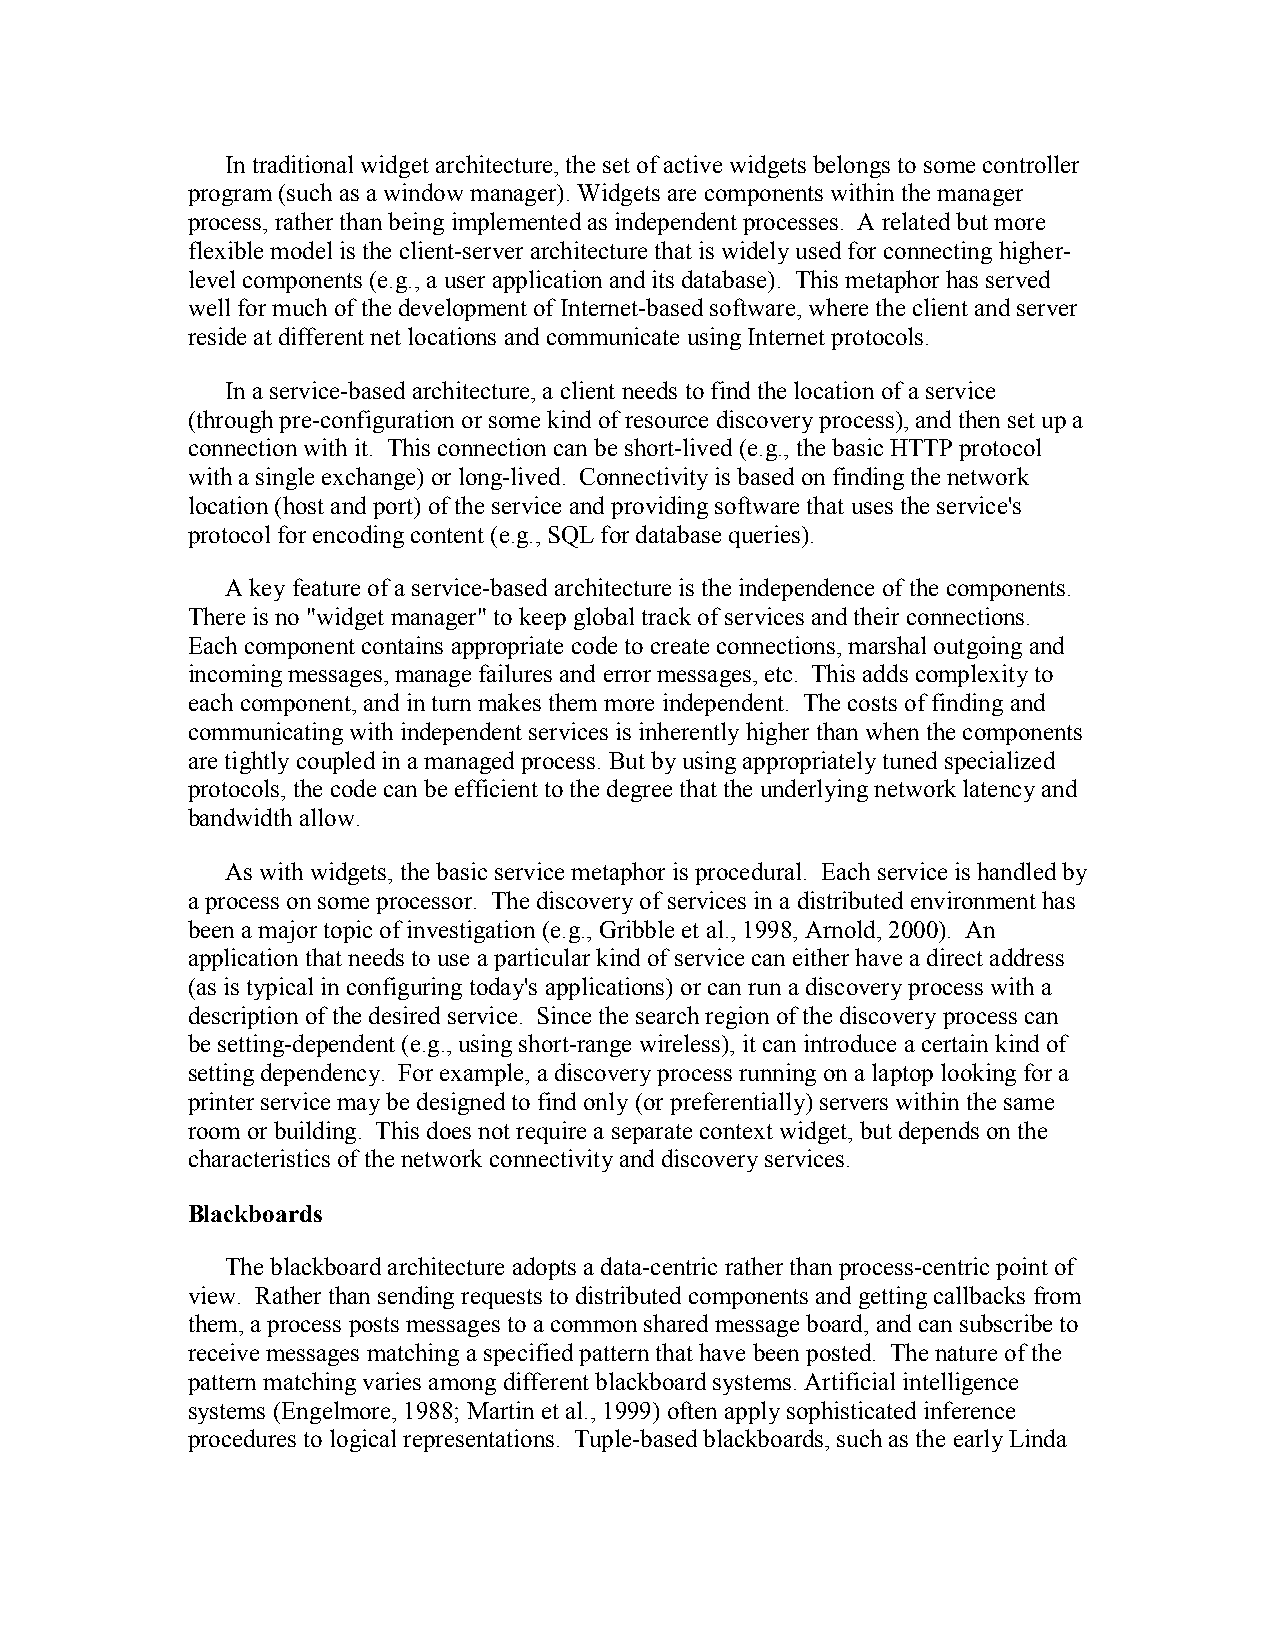
In traditional widget architecture, the set of active widgets belongs to some controller
 program (such as a window manager). Widgets are components within the manager
 process, rather than being implemented as independent processes. A related but more
 flexible model is the client-server architecture that is widely used for connecting higher-
 level components (e.g., a user application and its database). This metaphor has served
 well for much of the development of Internet-based software, where the client and server
 reside at different net locations and communicate using Internet protocols.
 In a service-based architecture, a client needs to find the location of a service
 (through pre-configuration or some kind of resource discovery process), and then set up a
 connection with it. This connection can be short-lived (e.g., the basic HTTP protocol
 with a single exchange) or long-lived. Connectivity is based on finding the network
 location (host and port) of the service and providing software that uses the service's
 protocol for encoding content (e.g., SQL for database queries).
 A key feature of a service-based architecture is the independence of the components.
 There is no "widget manager" to keep global track of services and their connections.
 Each component contains appropriate code to create connections, marshal outgoing and
 incoming messages, manage failures and error messages, etc. This adds complexity to
 each component, and in turn makes them more independent. The costs of finding and
 communicating with independent services is inherently higher than when the components
 are tightly coupled in a managed process. But by using appropriately tuned specialized
 protocols, the code can be efficient to the degree that the underlying network latency and
 bandwidth allow.
 As with widgets, the basic service metaphor is procedural. Each service is handled by
 a process on some processor. The discovery of services in a distributed environment has
 been a major topic of investigation (e.g., Gribble et al., 1998, Arnold, 2000). An
 application that needs to use a particular kind of service can either have a direct address
 (as is typical in configuring today's applications) or can run a discovery process with a
 description of the desired service. Since the search region of the discovery process can
 be setting-dependent (e.g., using short-range wireless), it can introduce a certain kind of
 setting dependency. For example, a discovery process running on a laptop looking for a
 printer service may be designed to find only (or preferentially) servers within the same
 room or building. This does not require a separate context widget, but depends on the
 characteristics of the network connectivity and discovery services.
 Blackboards
 The blackboard architecture adopts a data-centric rather than process-centric point of
 view. Rather than sending requests to distributed components and getting callbacks from
 them, a process posts messages to a common shared message board, and can subscribe to
 receive messages matching a specified pattern that have been posted. The nature of the
 pattern matching varies among different blackboard systems. Artificial intelligence
 systems (Engelmore, 1988; Martin et al., 1999) often apply sophisticated inference
 procedures to logical representations. Tuple-based blackboards, such as the early Linda